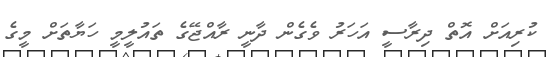
ކުރިއަށް އޮތް ދިރާސީ އަހަރު ވެގެން ދާނީ ރާއްޖޭގެ ތައުލީމީ ހަޔާތަށް މީގެ